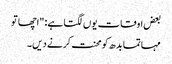
بعض اوقات یوں لگتا ہے: "اچھا تو
مہاتما بدھ کو محنت کرنے دیں۔